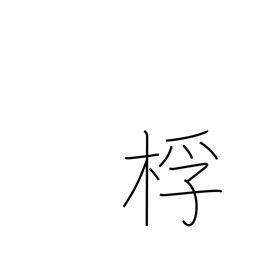
Meaning: drumstick